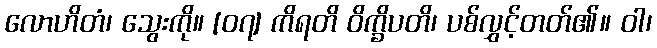
လောဟိတံ၊ သွေးကို။ [၀၇] ကိရတိ ဝိက္ခိပတိ၊ ပစ်လွှင့်တတ်၏။ ဝါ၊